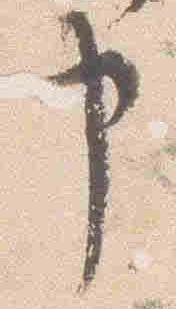
申